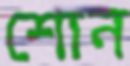
শোন